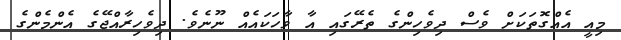
މިއީ އެއްގޮތަކަށް ވެސް ދިވެހިންގެ ތެރޭގައި އާ ވާހަކައެއް ނޫނެވެ. ދިވެހިރާއްޖޭގެ އެންމެންގެ